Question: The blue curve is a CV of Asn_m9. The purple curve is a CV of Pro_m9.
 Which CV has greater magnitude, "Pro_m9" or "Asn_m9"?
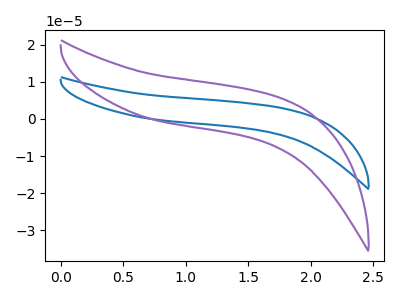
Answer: <think>The blue curve "Asn_m9" has no peaks. The purple curve "Pro_m9" has no peaks.
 Neither "Pro_m9" or "Asn_m9" have any peaks.</think>
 <answer>I cant tell if "Pro_m9" or "Asn_m9" has more signal.</answer>
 <eval>mixed_signal</eval>